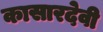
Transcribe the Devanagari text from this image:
कासारदेवी